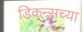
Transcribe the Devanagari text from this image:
डिकन्सच्या